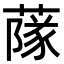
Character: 䔹